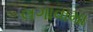
લગાવામા